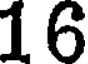
16